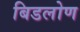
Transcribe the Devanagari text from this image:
बिडलोण